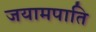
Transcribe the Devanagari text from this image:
जयामपाति